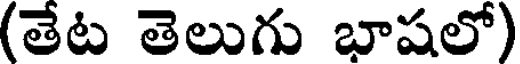
(తేట తెలుగు భాషలో)